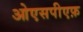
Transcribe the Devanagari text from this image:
ओएसपीएफ़